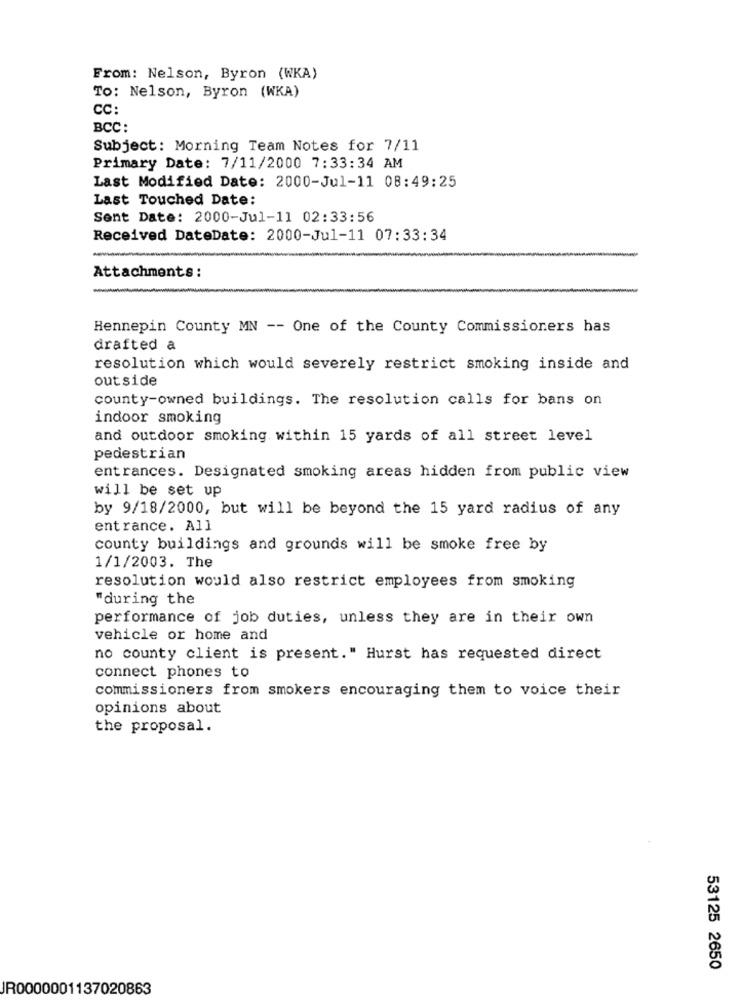
From: Nelson, Byron (WKA)
TO: Nelson, Byron (WKA)
CC:
BCC:
Subject: Morning Team Notes for 7/11
Primary Date: 7/11/2000 7:33:34 AM
Last Modified Date: 2000-Jul-11 08:49:25
Last Touched Date:
Sent Date: 2000-Jul-11 02:33:56
Received DateDate: 2000-Jul-11 07:33:34
Attachments :
Hennepin County MN -- One of the County Commissioners has
drafted a
resolution which would severely restrict smoking inside and
outside
county-owned buildings. The resolution calls for bans on
indoor smoking
and outdoor smoking within 15 yards of all street level
pedestrian
entrances. Designated smoking areas hidden from public view
will be set up
by 9/18/2000, but will be beyond the 15 yard radius of any
entrance. All
county buildings and grounds will be smoke free by
1/1/2003. The
resolution would also restrict employees from smoking
"during the
performance of job duties, unless they are in their own
vehicle or home and
no county client is present." Hurst has requested direct
connect phones to
commissioners from smokers encouraging them to voice their
opinions about
the proposal.
53125 2650
JR0000001137020863